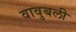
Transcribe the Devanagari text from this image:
वावुबली